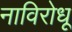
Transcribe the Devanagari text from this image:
नाविरोधू